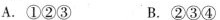
A.①②③ B.②③④